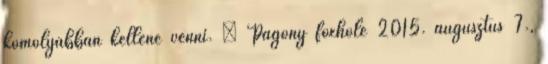
komolyabban kellene venni. – Pagony foxhole 2015. augusztus 7.,